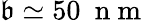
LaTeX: \mathfrak{b}\simeq50\ \mathrm{{~n~m~}}